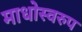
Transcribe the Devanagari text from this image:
माधोस्वरुप